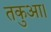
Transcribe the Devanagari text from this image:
तकुआ।